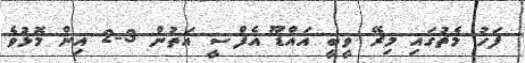
ފަހު މެޗުގައި މިރޭ ވީބީ އައްޑޫ އެފްސީ އަތުން 3-2 އިން މޮޅުވެ